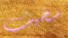
سخيف